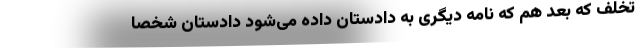
تخلف که بعد هم که نامه دیگری به دادستان داده می‌شود دادستان شخصاً